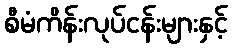
စီမံကိန်းလုပ်ငန်းများနှင့်